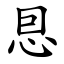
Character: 㤙